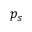
p _ { s }